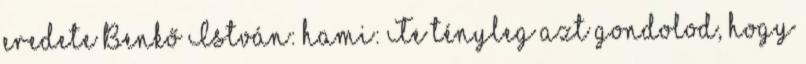
eredete Benkő István: hami: Te tényleg azt gondolod, hogy